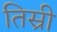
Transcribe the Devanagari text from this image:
तिस्री